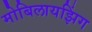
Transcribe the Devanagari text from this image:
मोबिलायझिंग